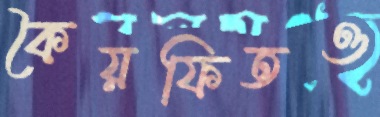
কৈয়ফিতও